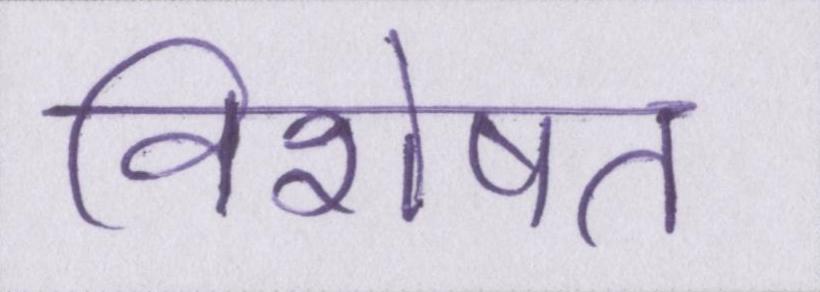
विशेषत